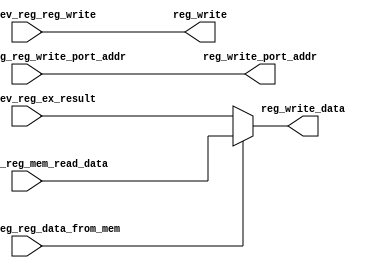
`timescale 1ps/1ps
`default_nettype none

module state_WB(
    input   wire                pipe_prev_reg_reg_data_from_mem,
    input   wire                pipe_prev_reg_reg_write,
    input   wire    [31 : 0]    pipe_prev_reg_mem_read_data,
    input   wire    [31 : 0]    pipe_prev_reg_ex_result,  
    input   wire    [4 : 0]     pipe_prev_reg_reg_write_port_addr,

    output  wire    [31 : 0]    reg_write_data,
    output  wire                reg_write,
    output  wire    [4 : 0]     reg_write_port_addr  
);

assign reg_write_data = pipe_prev_reg_reg_data_from_mem ? pipe_prev_reg_mem_read_data : pipe_prev_reg_ex_result;
assign reg_write = pipe_prev_reg_reg_write;
assign reg_write_port_addr = pipe_prev_reg_reg_write_port_addr;

endmodule